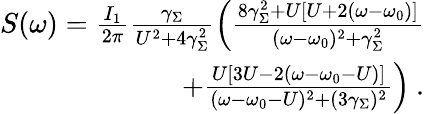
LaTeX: \begin{array}{r}{S(\omega)=\frac{I_{1}}{2\pi}\frac{\gamma_{\Sigma}}{U^{2}+4\gamma_{\Sigma}^{2}}\left(\frac{8\gamma_{\Sigma}^{2}+U[U+2(\omega-\omega_{0})]}{(\omega-\omega_{0})^{2}+\gamma_{\Sigma}^{2}}\right.}\\ {\left.+\frac{U[3U-2(\omega-\omega_{0}-U)]}{(\omega-\omega_{0}-U)^{2}+(3\gamma_{\Sigma})^{2}}\right)\: .}\end{array}